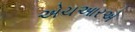
એચઆરએ